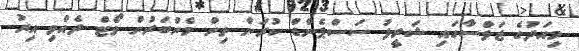
މިއަދުގެ ޖަލްސާގައި ޝަރީފު ސަސްޕެންޑް ކުރަން ތިން މެންބަރުން ވޯޓް ދެއްވި އިރު